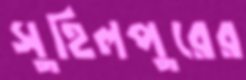
সুহিলপুরের